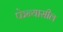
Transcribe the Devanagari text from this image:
फेन्यासील